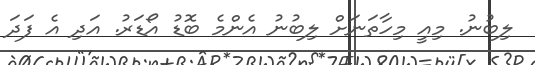
ލިބުނު. މިއީ މިހާތަނަށް ލިބުނު އެންމެ ބޮޑު އޯޑަރު. އަދި އެ ފަދަ